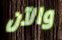
والآن